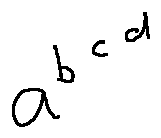
a ^ { b ^ { c ^ { d } } }